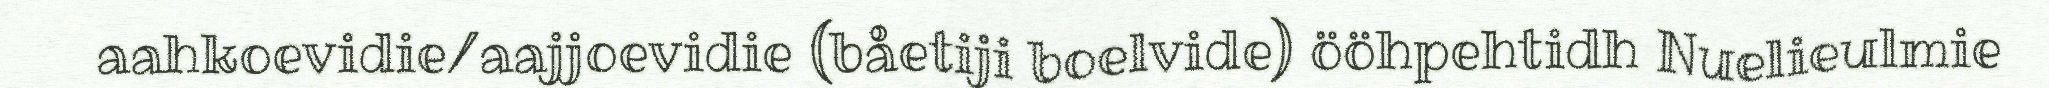
aahkoevidie/aajjoevidie (båetiji boelvide) ööhpehtidh Nuelieulmie